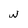
Character: w